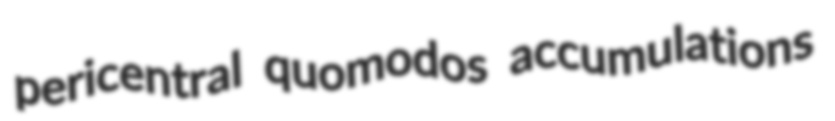
pericentral quomodos accumulations